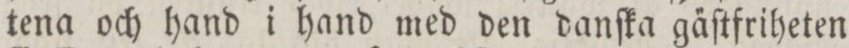
tena och hand i hand med den danſka ga̋ſtfriheten